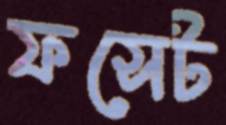
ফসেট